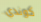
كوندي